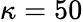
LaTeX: \kappa=50